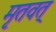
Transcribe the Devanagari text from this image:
मृतवत्‌